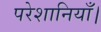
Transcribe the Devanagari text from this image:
परेशानियाँ।